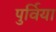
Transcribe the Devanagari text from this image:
पुर्विया